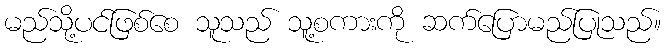
မည်သို့ပင်ဖြစ်စေ သူသည် သူ့စကားကို ဆက်ပြောမည်ပြုသည်။